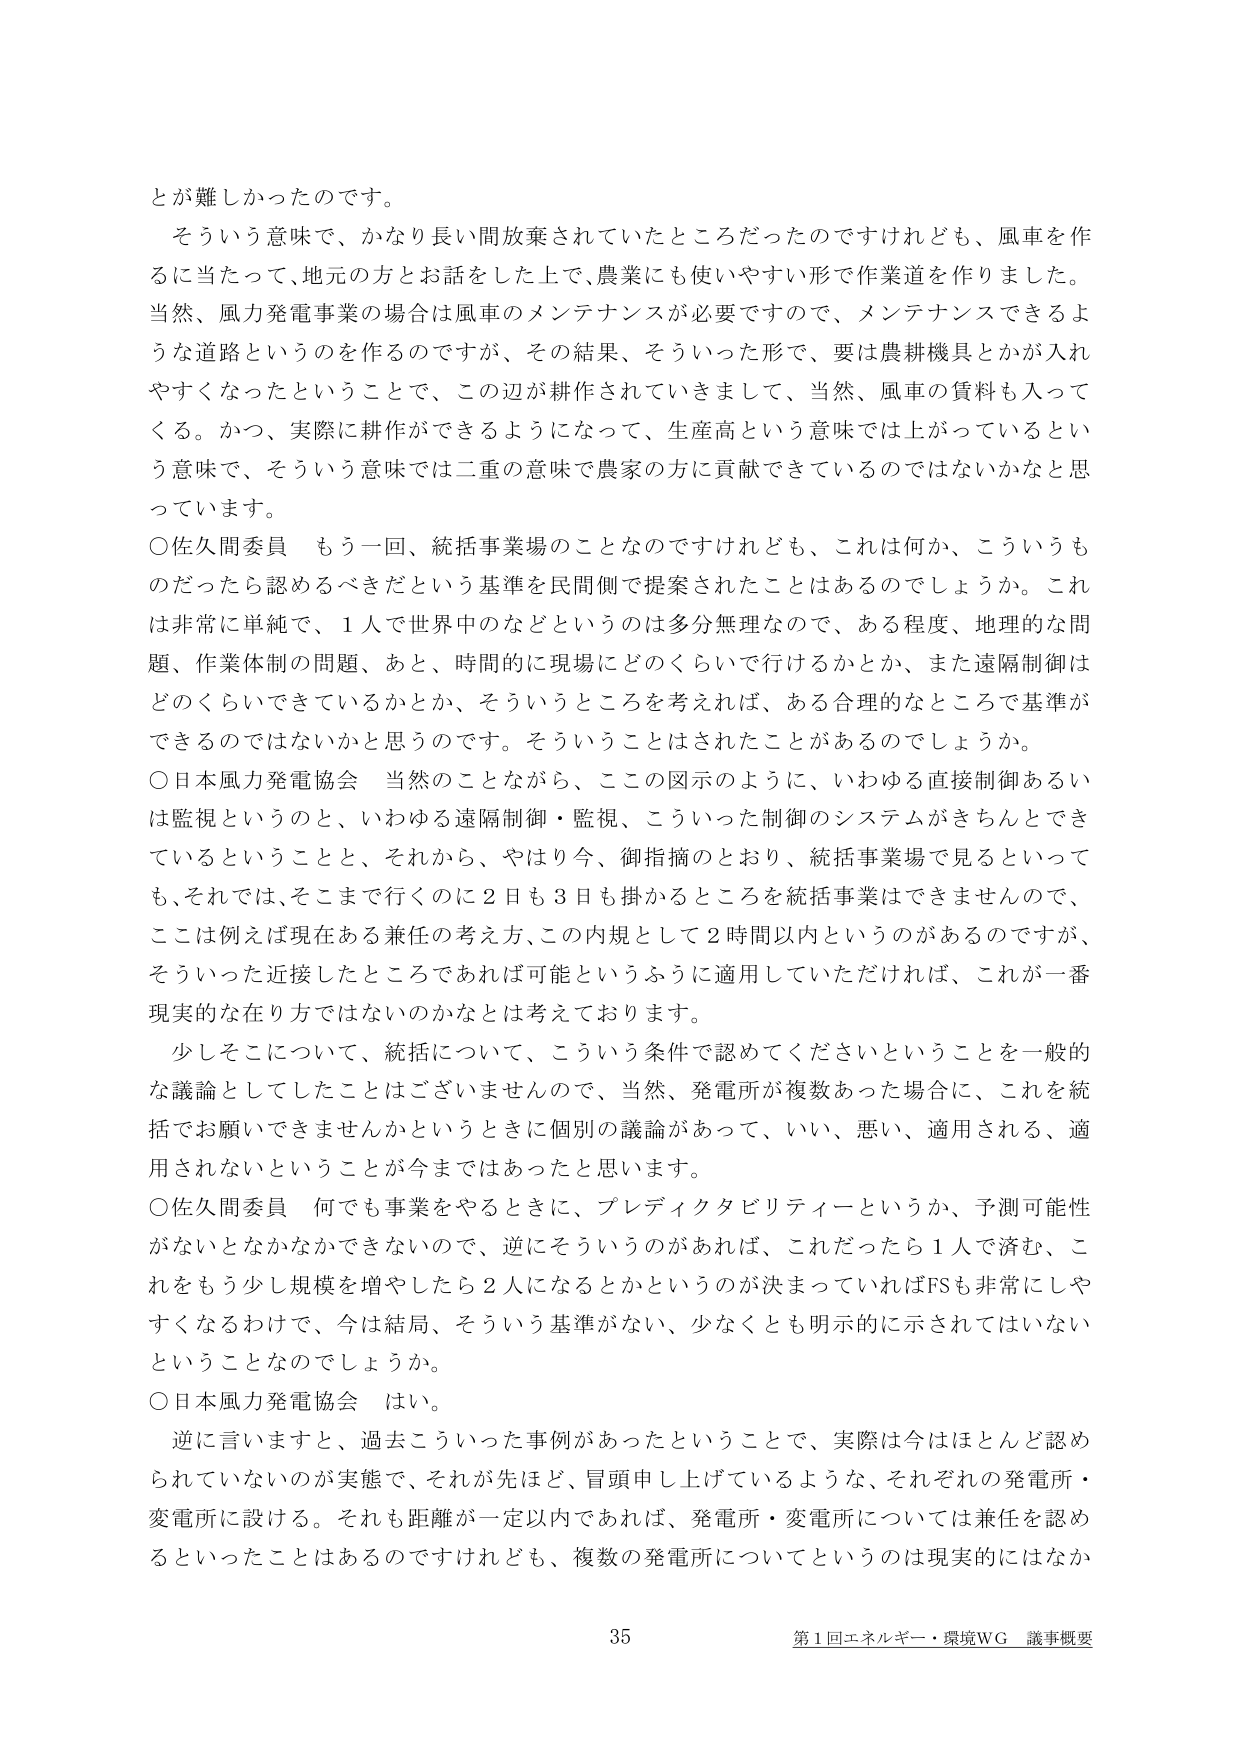
とが難しかったのです。
そういう意味で、かなり長い間放棄されていたところだったのですけれども、風車を作るに当たって、地元の方とお話をした上で、農業にも使いやすい形で作業道を作りました。当然、風力発電事業の場合は風車のメンテナンスが必要ですので、メンテナンスできるような道路というのを作るのでですが、その結果、そういった形で、要は農耕機具とかが入れやすくなったということで、この辺が耕作されていきまして、当然、風車の賃料も入ってくる。かつ、実際に耕作ができるようになって、生産高という意味では上がっているという意味で、そういう意味では二重の意味で農家の方に貢献できているのではないかなと思っています。
○佐久間委員 もう一回、統括事業場のことなのですがけれども、これは何か、こういうものだったら認めるべきだという基準で民間側で提案されたことはあるのでしょうか。これ是非常に単純で、1人で世界中のなどというのは多分無理なので、ある程度、地理的な問題、作業体制の問題、あと、時間的に現場にどのくらいで行けるかとか、また遠隔制御はどのくらいできているかとか、そういうところを考えれば、ある合理的なところで基準ができるのではないかと思うのです。そういうことはされたことがあるのでしょうか。
○日本風力発電協会 当然のことながら、ここの図示のように、いわゆる直接制御あるいは監視というのと、いわゆる遠隔制御・監視、こういった制御のシステムがきちんとできているということと、それから、やはり今、御指摘のとおり、統括事業場で見るといっても、それでは、そこまで行くのに2日も3日も掛かるところを統括事業はできませんので、ここは例えば現在ある兼任の考え方、この内規として2時間以内というのがあるのですが、そういった近接したところであれば可能というふうに適用していただければ、これが一番現実的な在り方ではないのかなとは考えております。
少しそこについて、統括について、こういう条件で認めてくださいということを一般的な議論としてしたことはございませんので、当然、発電所が複数あった場合に、これを統括でお願いできませんかというときに個別の議論があって、いい、悪い、適用される、適用されないということが今までではあったと思います。
○佐久間委員 何でも事業をやるときに、プレディクタビリティーというか、予測可能性がないとなかなかできないので、逆にそういうのがあれば、これだったら1人で済む、これをもう少し規模を増やしたら2人になるとかというのが決まっていればFSも非常にしやすくなるわけで、今は結局、そういう基準がない、少なくとも明示的に示されてはいないということなのでしょうか。
○日本風力発電協会 はい。
逆に言いますと、過去こういった事例があったということで、実際は今はほとんど認められていないのが実態で、それが先ほど、冒頭申し上げているような、それぞれの発電所・変電所に設ける。それも距離が一定以内であれば、発電所・変電所については兼任を認めるといったことはあるのですけれども、複数の発電所についてというのは現実的にはなか
35 第1回エネルギー・環境WG 議事概要